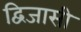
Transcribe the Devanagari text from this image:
द्विजासी